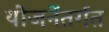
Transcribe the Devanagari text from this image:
योजनेंतर्गत